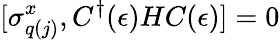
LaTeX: [\sigma_{q(j)}^{x},C^{\dagger}(\epsilon)HC(\epsilon)]=0